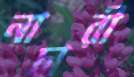
নাচারী